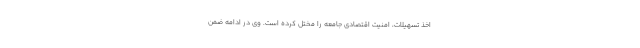
اخذ تسهیلات، امنیت اقتصادی جامعه را مختل کرده است. وی در ادامه ضمن